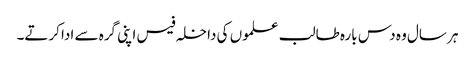
ہر سال وہ دس بارہ طالب علموں کی داخلہ فیس اپنی گرہ سے ادا کرتے۔